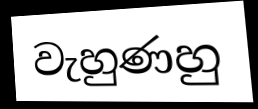
වැහුණහු